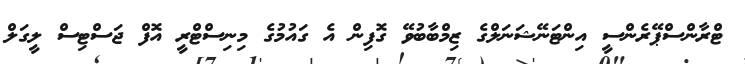
ޓްރާންސްޕޭރެންސީ އިންޓަނޭޝަނަލްގެ ޒިމްބާބުވޭ ގޮފިން އެ ގައުމުގެ މިނިސްޓްރީ އޮފް ޖަސްޓިސް ލީގަލް